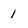
Character: 1